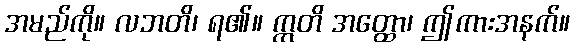
အမည်ကို။ လဘတိ၊ ရ၏။ ဣတိ အတ္ထော၊ ဤကားအနက်။